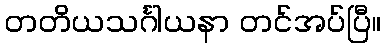
တတိယသင်္ဂါယနာ တင်အပ်ပြီ။